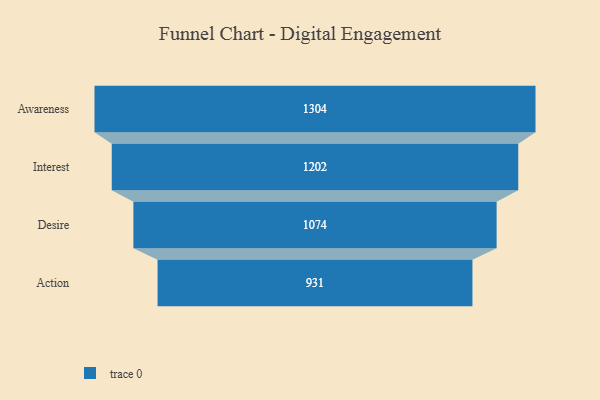
{"axis": {"x": "Stage", "y": "Value"}, "legend": [""], "data": [{"x": "Awareness", "y": 1304.0, "type": ""}, {"x": "Interest", "y": 1202.0, "type": ""}, {"x": "Desire", "y": 1074.0, "type": ""}, {"x": "Action", "y": 931.0, "type": ""}]}